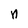
Character: n